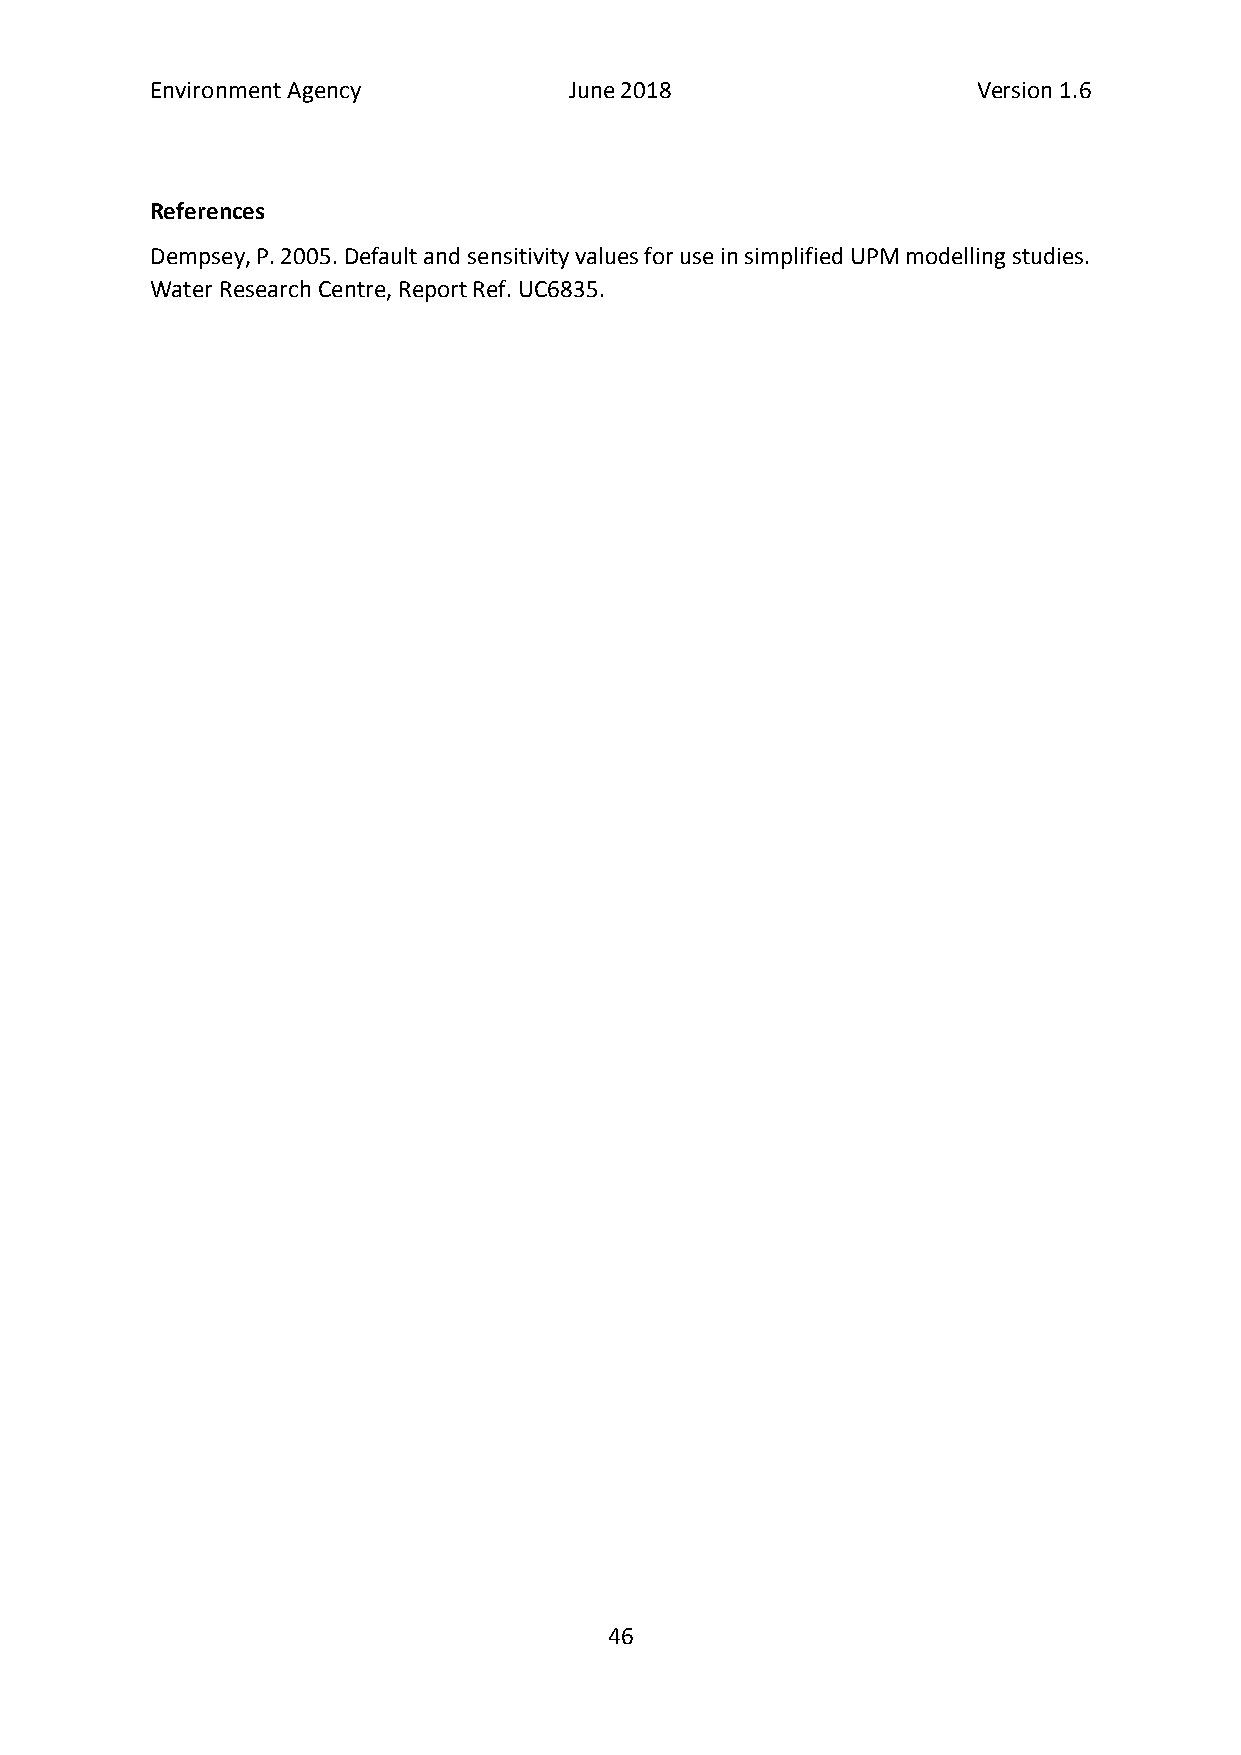
Environment Agency          June 2018                  Version 1.6
 References
 Dempsey, P. 2005. Default and sensitivity values for use in simplified UPM modelling studies.
 Water Research Centre, Report Ref. UC6835.
 46